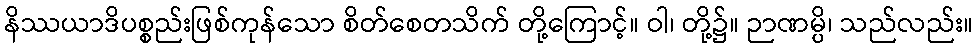
နိဿယာဒိပစ္စည်းဖြစ်ကုန်သော စိတ်စေတသိက် တို့ကြောင့်။ ဝါ၊ တို့၌။ ဉာဏမ္ပိ၊ သည်လည်း။